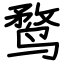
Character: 鹜